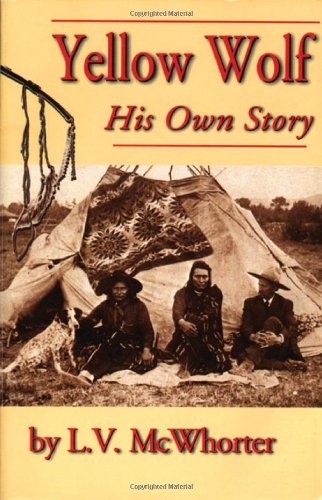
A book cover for Yellow Wolf; Lucullus Virgil McWhorter; Biographies & Memoirs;